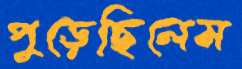
পুড়েছিলেম